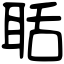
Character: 聒